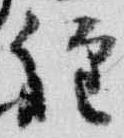
経